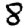
Digit: 8